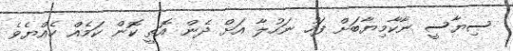
ސިޔާސީ ނާކާމިޔާބަށް ފަހު ނަހުލާ އަށް ދެން އޮތީ ކޮން ކަމެއް ހެއްޔެވެ